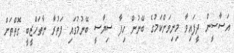
އަސާސީން ދީފައިވާ މިނިވަންކަމުގެ ބޭނުން ހިފާ ސިޔާސީ ބޭނުމުގައި ފަތުރާ ނާތަހްޒީބީ ގޮތްތަށް